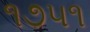
૧૭૫૧